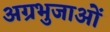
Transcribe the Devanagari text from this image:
अग्रभुजाओं